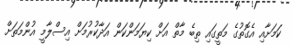
ކަމަށާއި އެގޮތުގެ މަތީގައި ތިބެ މާތް އަށް ކިޔަމަންކަން އަދާކުރުމަށް އިސްލާމީ އުންމަތަށް